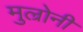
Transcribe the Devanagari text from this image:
मुल्रोनी